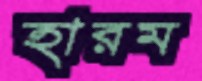
হারম